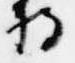
将